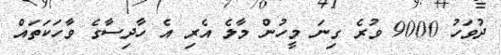
ދުވަހު 9000 ވުރެ ގިނަ މީހުން މާލެ އެރި އެ ހާދިސާގެ ވާހަކަތައް